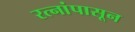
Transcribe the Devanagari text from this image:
रत्‍नांपासून